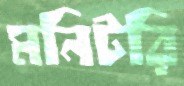
মনিটরি